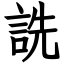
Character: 詵